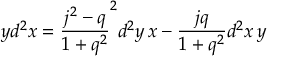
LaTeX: y d ^ { 2 } x = \frac { j ^ { 2 } - q } { 1 + q ^ { 2 } } ^ { 2 } d ^ { 2 } y \, x - \frac { j q } { 1 + q ^ { 2 } } d ^ { 2 } x \, y